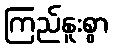
ကြည်နူးစွာ